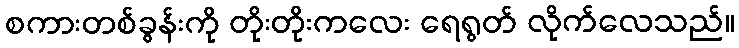
စကားတစ်ခွန်းကို တိုးတိုးကလေး ရေရွတ် လိုက်လေသည်။